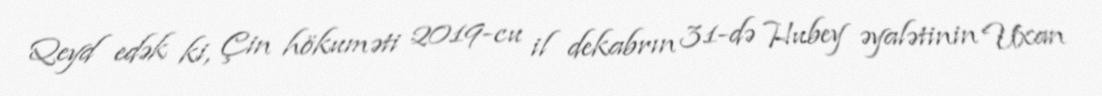
Qeyd edək ki, Çin hökuməti 2019-cu il dekabrın 31-də Hubey əyalətinin Uxan